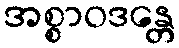
အစ္စာဝဒန္တေ